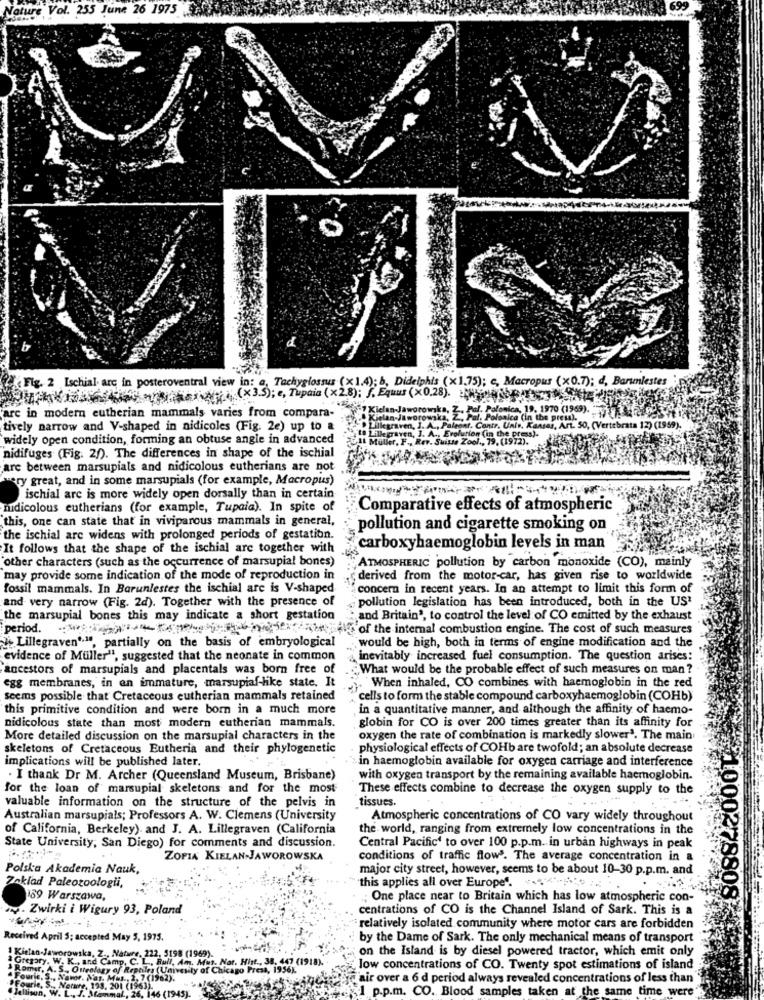
Nature Vol. 255 June 26 1975
2Fig. 2 Ischial arc in posteroventral view in: a, Tachyglossus (x1.4); b, Didelphis (x1,75); c, Macropus (x0.7); d, Barunlestes
JAKHim(35); e, Tupaia (x28); f. Equus (x0.28).
4-1 Kielan Jaworowska,
Kielan Jaworowska, Z .. Pal. Polonica, 19. 1970 (1969).
arc in modern eutherian mammals varies from compara-
Kielan-Jaworowski
Celan-Jaworowska, Z. Pal. Polonica (in the press).
onica, 19. 1970 (1969). 77
tively narrow and V-shaped in nidicoles (Fig. 2e) up to &
. Contr. Univ, Kansas, Art. 50, (Vertebrata 12) (1959).
widely open condition, forming an obtuse angle in advanced
Al Muller, F ., Rev. Suitte Zool .,
Rullepraven, J. A ., Erolunion (in the press).
.(1972).
nidifuges (Fig. 20). The differences in shape of the ischial
are between marsupials and nidicolous eutherians are not
very great, and in some marsupials (for example, Macropus)
ischial are is more widely open dorsally than in certain
nidicolous eutherians (for example, Tupaia). In spite of
Comparative effects of atmospheric
this, one can state that in viviparous mammals in general,
pollution and cigarette smoking on
the ischial are widens with prolonged periods of gestation.
It follows that the shape of the ischial arc together with
carboxyhaemoglobin levels in man
"other characters (such as the occurrence of marsupial bones)
ATMOSPHERIC pollution by carbon monoxide (CO), mainly
may provide some indication of the mode of reproduction in
derived from the motor-car, has given rise to worldwide
fossil mammals. In Barunlestes the ischial are is V-shaped
concern in recent years. In an attempt to limit this form of
and very narrow (Fig. 2d). Together with the presence of
pollution legislation has been introduced, both in the US'
the marsupial bones this may indicate a short gestation
:, and Britain", to control the level of CO emitted by the exhaust
period.
of the internal combustion engine. The cost of such measures
. Lillegraven *. ", partially on the basis of embryological
would be high, both in terms of engine modification and the
evidence of Muller", suggested that the neonate in common
inevitably increased fuel consumption. The question arises:
ancestors of marsupials and placentals was born free of
What would be the probable effect of such measures on man ?
egg membranes, in an immature, marsupiaf-like state. It
"When inhaled, CO combines with haemoglobin in the red
seems possible that Cretaceous eutherian mammals retained
cells to form the stable compound carboxyhaemoglobin (COHb)
this primitive condition and were born in a much more
in a quantitative manner, and although the affinity of haemo-
globin for CO is over 200 times greater than its affinity for
nidicolous state than most modern eutherian mammals.
More detailed discussion on the marsupial characters in the
oxygen the rate of combination is markedly slower'. The main
skeletons of Cretaceous Eutheria and their phylogenetic
physiological effects of COHb are twofold; an absolute decrease
implications will be published later.
in haemoglobin available for oxygen carriage and interference
. I thank Dr M. Archer (Queensland Museum, Brisbane)
with oxygen transport by the remaining available haemoglobin.
for the loan of marsupial skeletons and for the most
These effects combine to decrease the oxygen supply to the
valuable information on the structure of the pelvis in
tissues.
Australian marsupials; Professors A. W. Clemens (University
Atmospheric concentrations of CO vary widely throughout
of California, Berkeley) and J. A. Lillegraven (California
the world, ranging from extremely low concentrations in the
State University, San Diego) for comments and discussion.
Central Pacific' to over 100 p.p.m. in urban highways in peak
ZOPIA KIELAN-JAWOROWSKA
conditions of traffic flow. The average concentration in a
Polska Akademia Nauk,
major city street, however, seems to be about 10-30 p.p.m. and
Zaklad Paleozoologii,
this applies all over Europe".
159 Warszawa,
; One place near to Britain which has low atmospheric con-
1000278808
. Zwirki i Wigury 93, Poland
centrations of CO is the Channel Island of Sark. This is a
relatively isolated community where motor cars are forbidden
Received April 5; accepted May 5, 1975.
by the Dame of Sark. The only mechanical means of transport
1 Kitan-Jaworowska, Z ., Natwe, 222, 5198 (1969).
on the Island is by diesel powered tractor, which emit only
Romer, A. S ., Outrology of Reptiles (Univesity of Ch
K .. and Camp, C. L ., Rull, Am. Mus. Nor. Hist ., 38. 447 (1918). -
(Univesity of Chicago Press, 1996).
low concentrations of CO. Twenty spot estimations of island
Fourie. S ., Nawor. Nar. M
d'air over a 6 d period always revealed concentrations of less than
nie, S ., Nemmore. 198. 200 (19
1 p.p.m. CO. Blood samples taken at the same time were